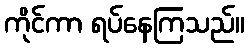
ကိုင်ကာ ရပ်နေကြသည်။